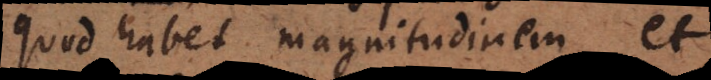
quod habet magnitudinem et